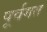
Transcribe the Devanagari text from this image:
पूर्वगत